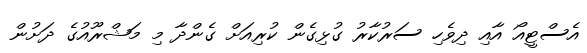
އެސްޓީއޯ އާއި ދިވެހި ސަރުކާރު ގުޅިގެން ކުރިއަށް ގެންދާ މި މަޝްރޫއުގެ ދަށުން